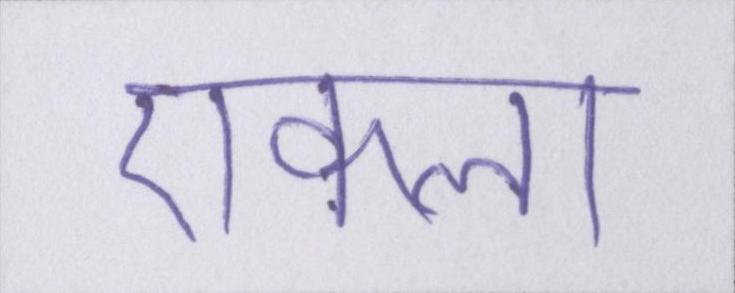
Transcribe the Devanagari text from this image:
एकला